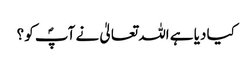
کیا دیا ہے اللہ تعالیٰ نے آپؐ کو ؟